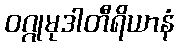
ဝဂ္ဂုမုဒါတီရိယာနံ